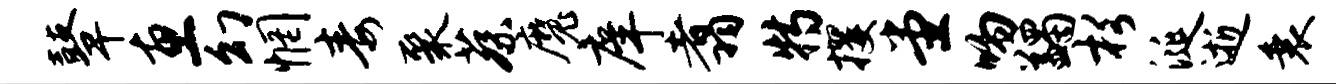
鼙惠幻惘毒聚蔡魔庠翥特攫堂吻蠲杉涎逝衰